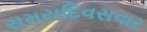
સમયદિવસવાર